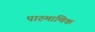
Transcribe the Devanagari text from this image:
पारुमाणिक